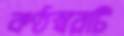
কণ্ঠস্বরটি